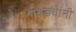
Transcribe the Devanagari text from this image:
गवंड्यांनी